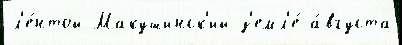
л'е́нтой Макушинск'ий з'емл'е́ а́вгуста